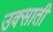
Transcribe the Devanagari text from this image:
उक्साती